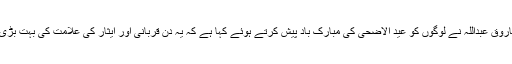
نیشنل کانفرنس کے صدر و رکن پارلیمان ڈاکٹر فاروق عبداللہ نے لوگوں کو عید الاضحیٰ کی مبارک باد پیش کرتے ہوئے کہا ہے کہ یہ دن قربانی اور ایثار کی علامت کی بہت بڑی نشانی ہے اور اس کا دوسرا کوئی ثانی نہیں ہے۔